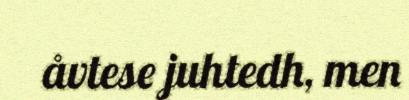
åvtese juhtedh, men